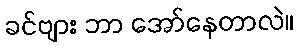
ခင်ဗျား ဘာ အော်နေတာလဲ။